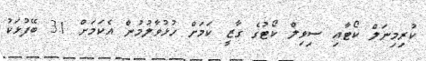
ކުރިމިނަލް ކޯޓާއި ސިވިލް ކޯޓުގެ ގާޒީ ކަމަށް ހުޅުވާލުމުން އެކަމަށް 31 ބޭފުޅަކު